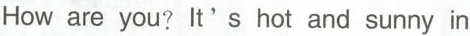
How are you?It's hot and sunny in